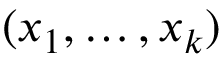
( x _ { 1 } , \ldots , x _ { k } )